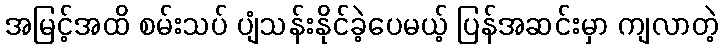
အမြင့်အထိ စမ်းသပ် ပျံသန်းနိုင်ခဲ့ပေမယ့် ပြန်အဆင်းမှာ ကျလာတဲ့